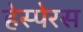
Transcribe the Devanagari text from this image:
हेस्पेरस